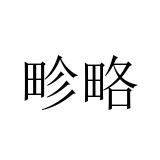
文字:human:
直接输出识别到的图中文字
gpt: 畛略